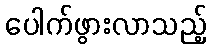
ပေါက်ဖွားလာသည့်